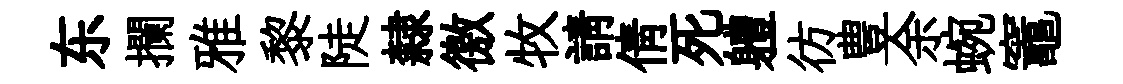
东攔雅黎陡隸徼牧請倩死軆彷豊余蜿竈